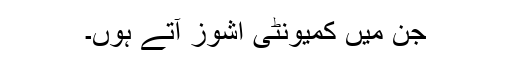
جن میں کمیونٹی اِشوز آتے ہوں۔